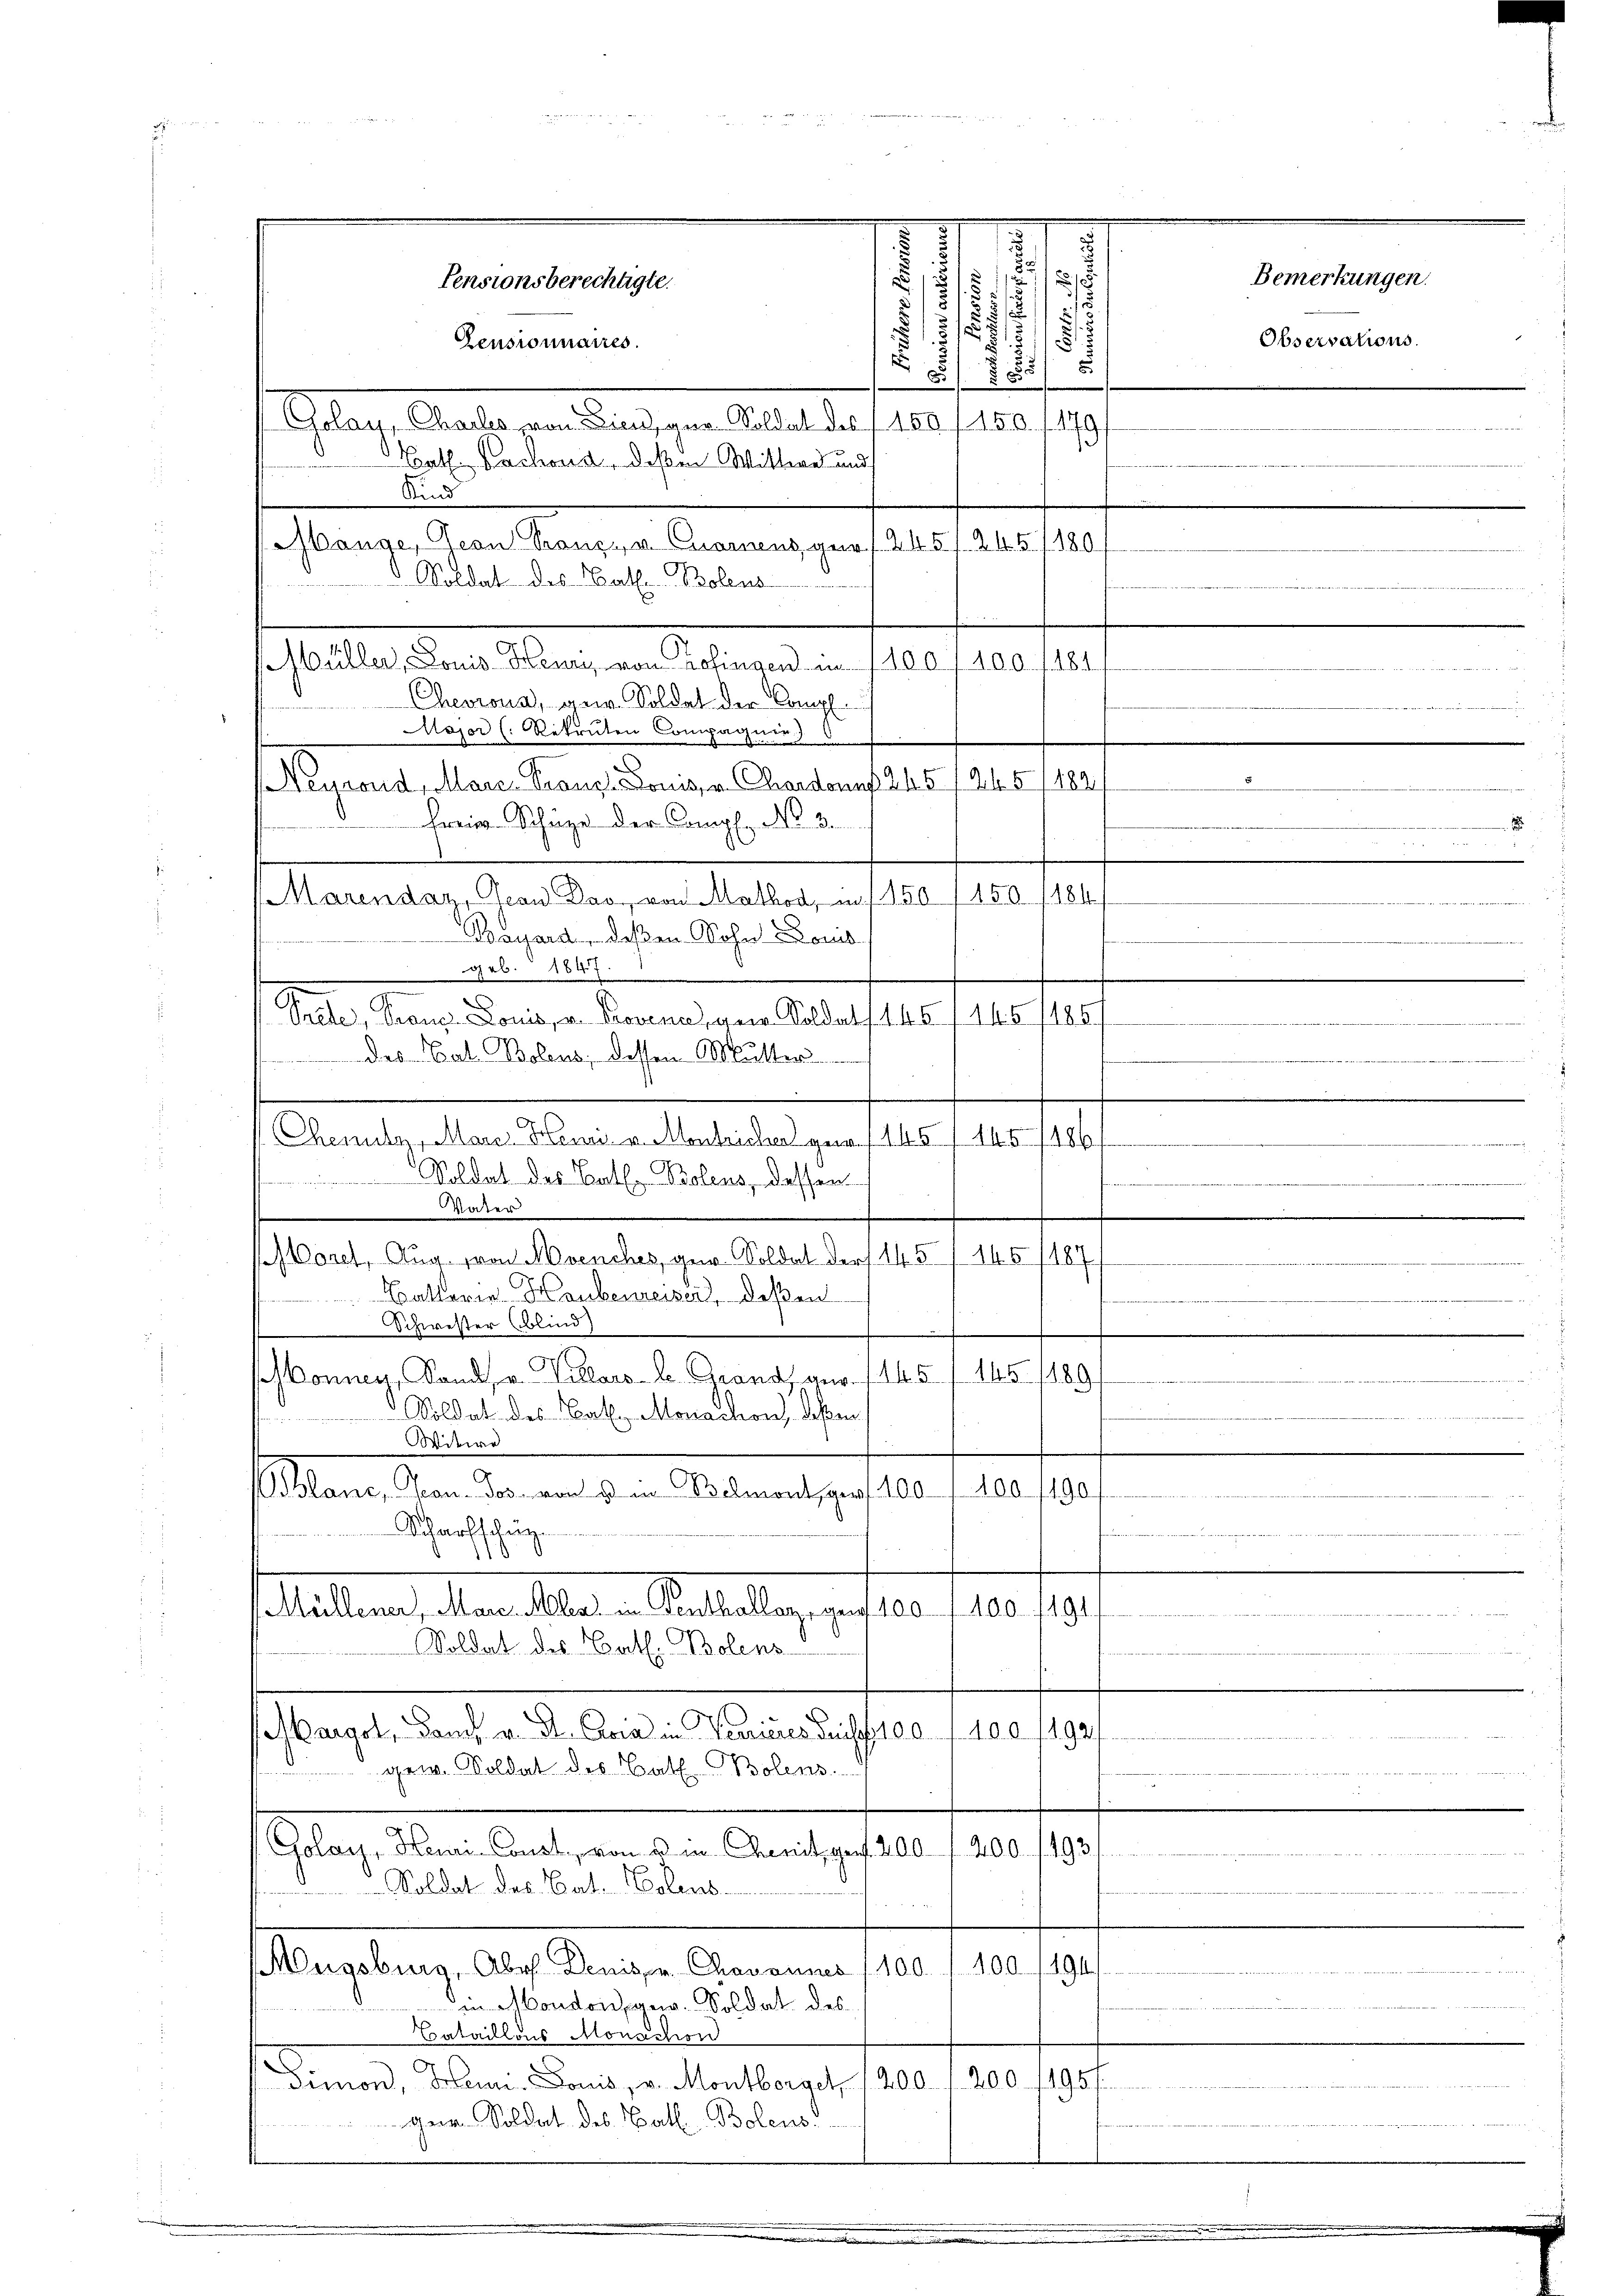
2
Pensionsberechtigte.
¬
.
Pensionnaires.
Colay, Challes von Diens gar Soldat des 1 189 f 150. /179
Bath. Sachend, deßen Wittwe und
Kind
Mange, Geon Franz v. Charens ger 1. 245 f. 245 f 180
d. Soldat des Bat.-Bolens
Müller, Louis Henn, von Zofingen u. 1100 f 400 f 484
Chevrona, zur Soldet der Compl
Major (Rekruten Compagnie)
Neyrand, Mare-Franz Lois, v. Chardonas 245 /245/182
Fri-Schäze der Compl. No. 3.
Marendaz, an Das von Mathod, am 1. 150 / 456. 1184/
Bayard, deßen Sohn Lomb
geb. 1847
n
Seele, Franz Louis, v. Provena, gen. Soldat f. 145/145/185.
des Cat. Bolens, dessen Mutter-
n
.
Chenutz, Marie Henns v. Montricher 1845
Soldat des Cathen Bolens, dessen
Vater
.
Morel, Aug. von Avenches, ger. Soldat Dorf 145 (145/187/
Batterie Haubenreiser, deßen
Linie ein seiner die
Schwester (blind
.
1
onnen, Sande, v. Villars b. Grand gew. 1145 (145/189
Soldat des Bat. Monachon deßen,
Witwe
anc, Pan. Das von den Belmont, auf 100, 100/190
Scharfschlag
Müllener, Marc. Maler in Genthallen, geg 100 f 100. 1191
Soldat des Bath. Bolens
1492/
Margot, Bauch u. A. Avia in Verrieres Brust 100 f 100
gew. Soldat des Bath Bolens.
.

Golay, Heur-Const, von u in Chemit, gert. 200
400.
192
Soldat des Cat. Polens-
 f 8 x
Wugsburg, Aber Denis v. Chavannes 1100. f. 100. 1194/
749
in Moudon gew. Soldat des
Bataillons Monschon
Simon, Neuen. Louis, v. Montbergel, 1200. 1200. 11951.
Ger. Soldat des Cath Bolens
.

32
1
5
.
2
15

755

.

Bemerkungen.
Observations.

Petitleistete